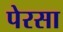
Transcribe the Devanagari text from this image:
पेरसा